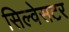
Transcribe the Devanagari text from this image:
सिल्वेसटर